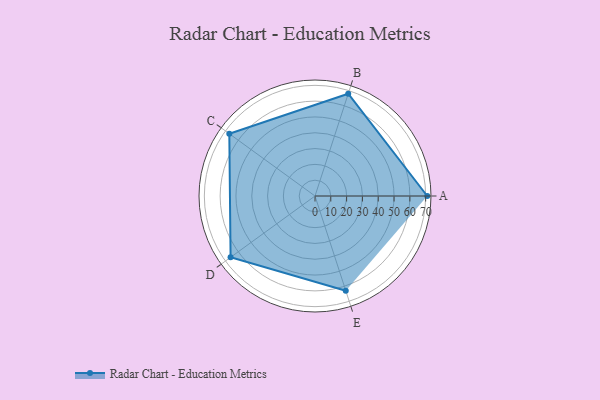
{"axis": {"x": "Skill", "y": "Score"}, "legend": ["Profile"], "data": [{"x": "A", "y": 71.0, "type": "Profile"}, {"x": "B", "y": 68.0, "type": "Profile"}, {"x": "C", "y": 67.0, "type": "Profile"}, {"x": "D", "y": 66.0, "type": "Profile"}, {"x": "E", "y": 63.0, "type": "Profile"}]}